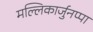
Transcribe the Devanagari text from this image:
मल्लिकार्जुनप्पा